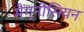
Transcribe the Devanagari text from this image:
मैग्नीसियन